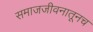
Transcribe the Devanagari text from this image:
समाजजीवनातूनच